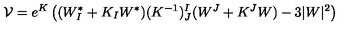
\mathcal { V } = e ^ { K } \left( ( W _ { I } ^ { * } + K _ { I } W ^ { * } ) ( K ^ { - 1 } ) _ { J } ^ { I } ( W ^ { J } + K ^ { J } W ) - 3 | W | ^ { 2 } \right)